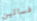
فساتين